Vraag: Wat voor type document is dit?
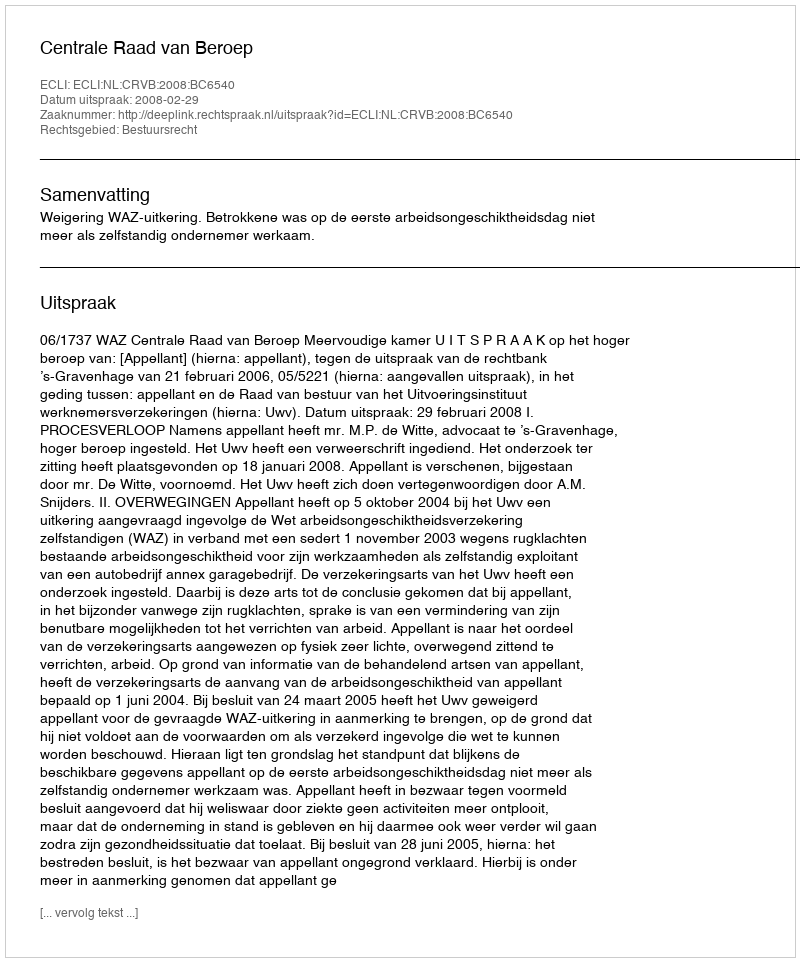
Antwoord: Uitspraak